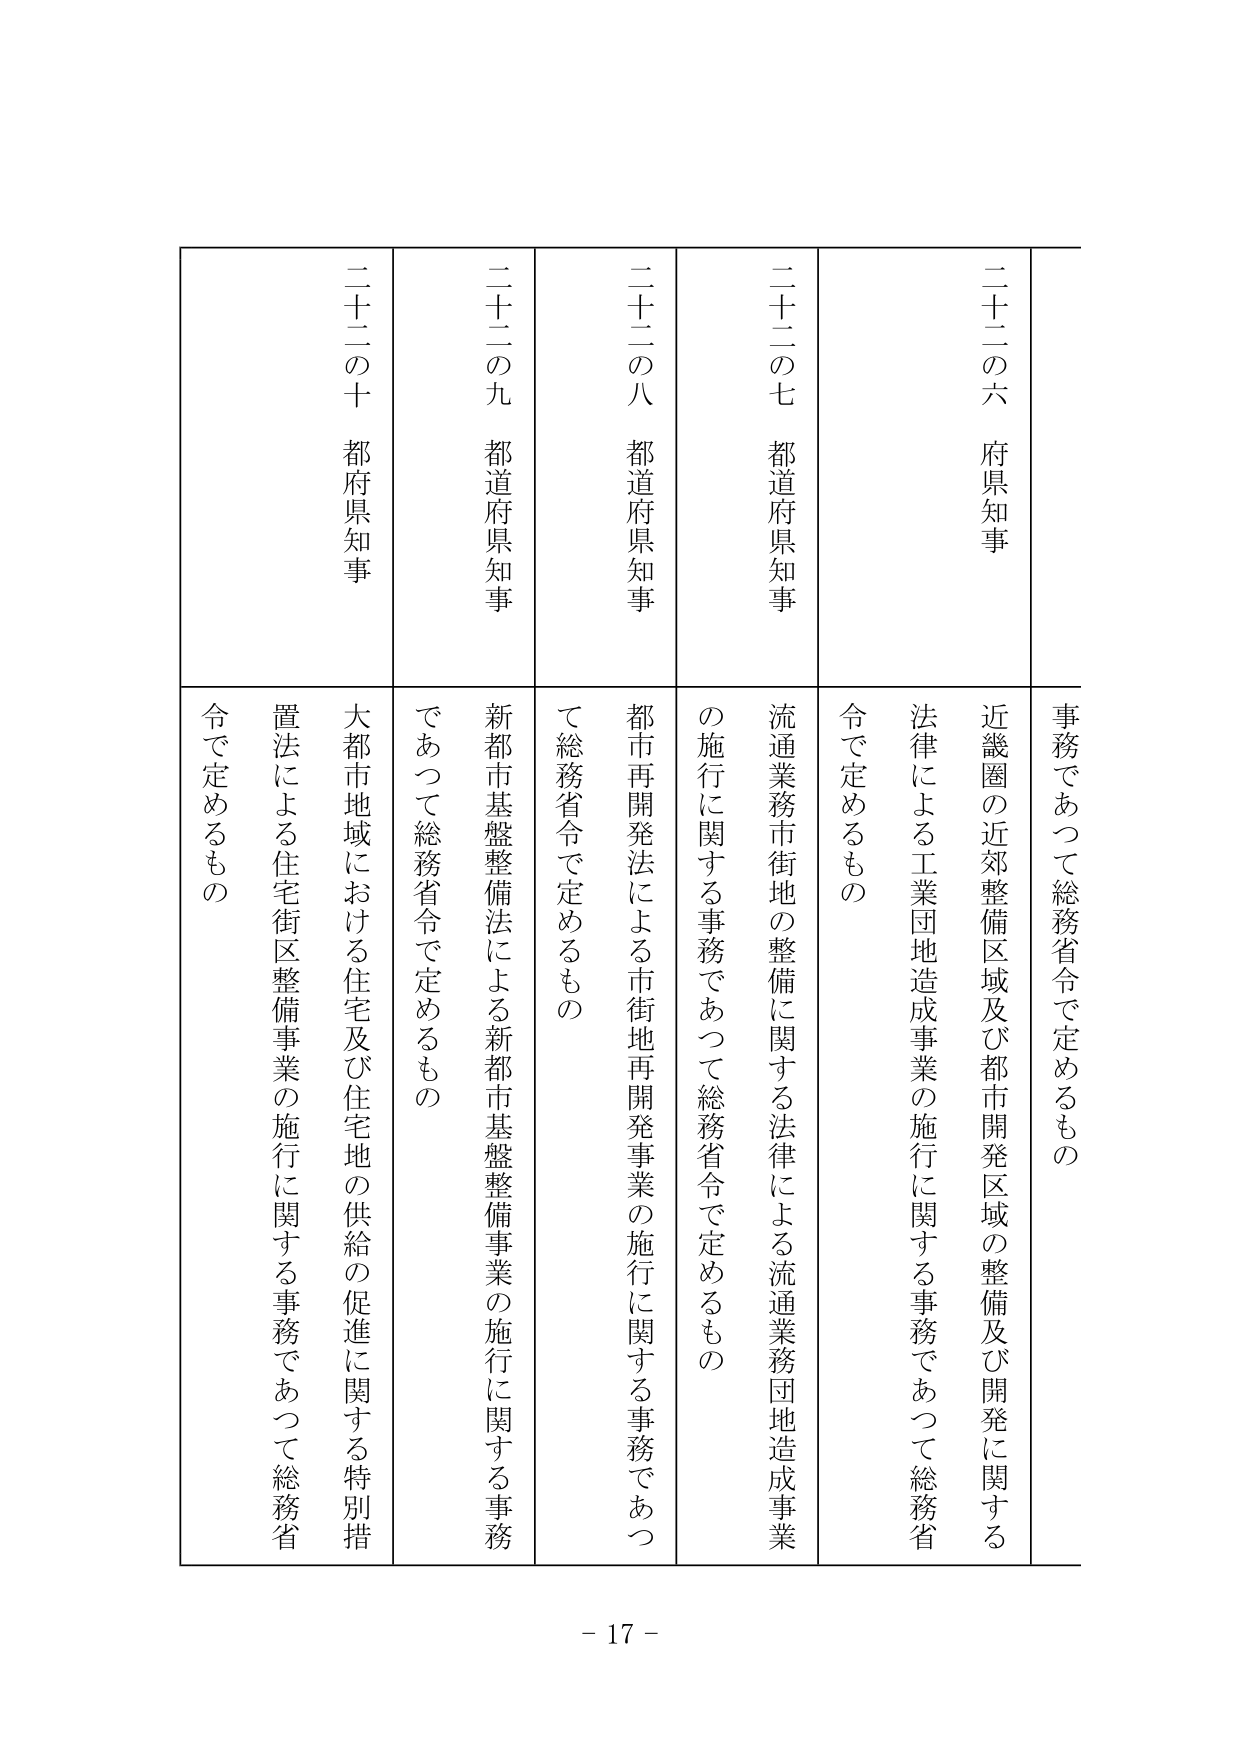
二十二の六 府県知事
事務であつて総務省令で定めるもの
近畿圏の近郊整備区域及び都市開発区域の整備及び開発に関する
法律による工業団地造成事業の施行に関する事務であつて総務省
令で定めるもの

二十二の七 都道府県知事
流通業務市街地の整備に関する法律による流通業務団地造成事業
の施行に関する事務であつて総務省令で定めるもの

二十二の八 都道府県知事
都市再開発法による市街地再開発事業の施行に関する事務であつ
て総務省令で定めるもの

二十二の九 都道府県知事
新都市基盤整備法による新都市基盤整備事業の施行に関する事務
であつて総務省令で定めるもの

二十二の十 都府県知事
大都市地域における住宅及び住宅地の供給の促進に関する特別措
置法による住宅街区整備事業の施行に関する事務であつて総務省
令で定めるもの

- 17 -